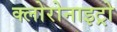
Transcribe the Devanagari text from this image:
क्लोरोनाइट्रो